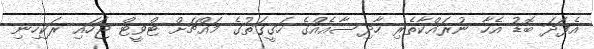
އެފަދަ ބޮޑު އެހާ ނުރައްކާތެރި ހާދިސާއެއްގެ ހަގީގަތުގެ މައްޗަށް ޓްވީޓް ޖަހައި ރަކިހިނި